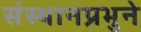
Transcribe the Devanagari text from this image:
संस्थानप्रभुने